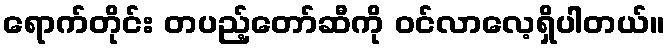
ရောက်တိုင်း တပည့်တော်ဆီကို ဝင်လာလေ့ရှိပါတယ်။